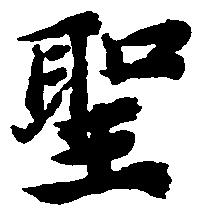
聖